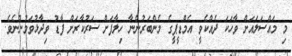
މި މައްސަލައަށް ވާހަކަ ދެއްކެވީ އެމްޑީޕީގެ މެންބަރުންނާ ހިލާފަށް ސަރުކާރަށް ފާޑު ވިދާޅުވަމުންނެވެ.